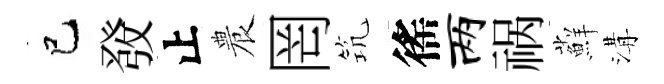
巳𤼲止農罔𥬑徭两祸蘚溝